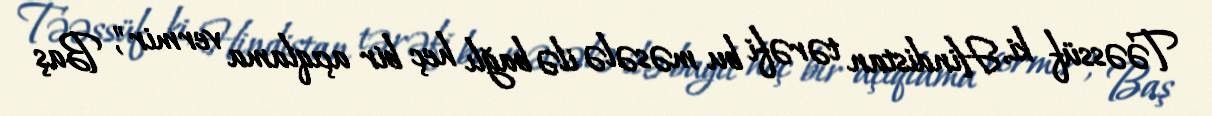
Təəssüf ki, Hindistan tərəfi bu məsələ ilə bağlı heç bir açıqlama vermir", Baş